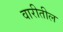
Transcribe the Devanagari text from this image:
वारीतील